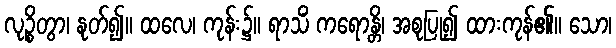
လုဉ္စိတွာ၊ နုတ်၍။ ထလေ၊ ကုန်း၌။ ရာသိံ ကရောန္တိ၊ အစုပြု၍ ထားကုန်၏။ သော၊